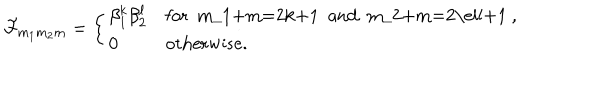
LaTeX: { \cal F } _ { m _ { 1 } m _ { 2 } m } = \left\{ \begin{array} { l l } { { \beta _ { 1 } ^ { k } \beta _ { 2 } ^ { \ell } } } & { { \mathrm { f o r ~ m _ { 1 } + m = 2 k + 1 ~ a n d ~ m _ { 2 } + m = 2 \ell + 1 ~ , } } } \\ { { 0 } } & { { \mathrm { o t h e r w i s e . } } } \\ \end{array} \right.